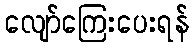
လျော်ကြေးပေးရန်